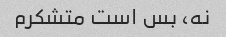
نه، بس است متشکرم